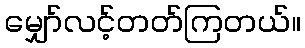
မျှော်လင့်တတ်ကြတယ်။